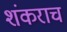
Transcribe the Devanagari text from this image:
शंकराच